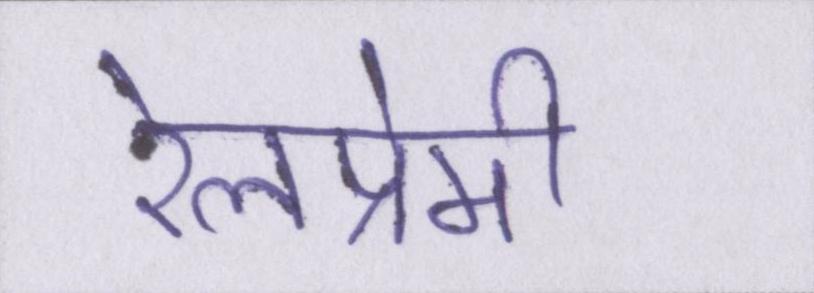
रेलप्रेमी